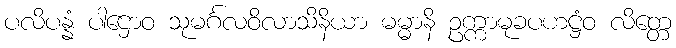
ပလိပန္နံ ပါဌောဝ သုမင်္ဂလဝိလာသိနိယာ မမ္မာနိ ဥက္ကာမုခပဟဋ္ဌံဝ လိတ္တေ